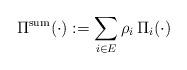
LaTeX: \begin{align*}\Pi^\mathrm{sum}(\cdot):=\sum_{i\in E} \rho_i\,\Pi_i(\cdot)\end{align*}